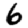
Digit: 6